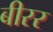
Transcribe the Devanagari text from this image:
बीरर